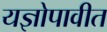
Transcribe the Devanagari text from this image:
यज्ञोपावीत